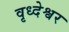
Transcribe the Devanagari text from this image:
वृध्देश्वर